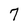
Character: 7